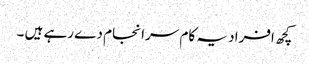
کچھ افراد یہ کام سرا نجام دے رہے ہیں ۔